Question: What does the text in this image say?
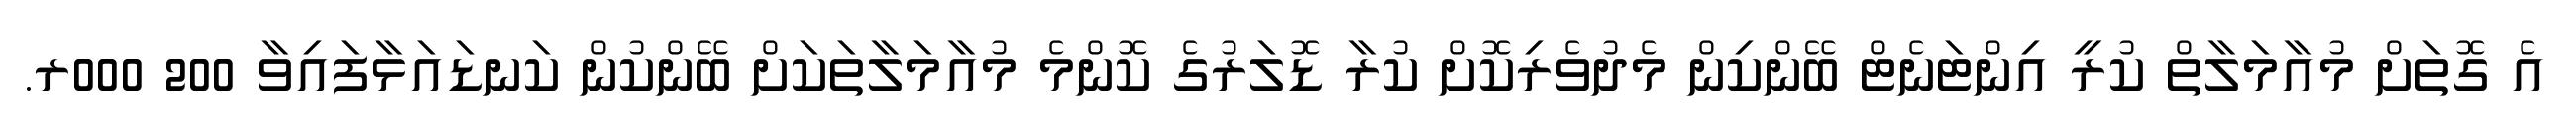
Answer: އެ ގޮތަށް މުއާމަލާތް ކުރީ އިންޓަނެޓް ބޭންކިން މެދުވެރިކޮށް ކުރާ ޑޮލަރުގެ ކޮންމެ މުއާމަލާތަކަށް ބޭންކުން ކަނޑައަޅާފައިވާ 200 000ރ.